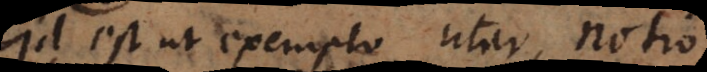
id est, ut exemplo utar, notio